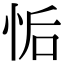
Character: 㤧